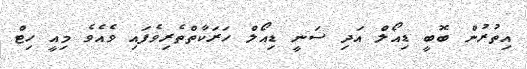
އިތުރުން ބޮބީ ޑިއޯލް އަދި ސަނީ ޑިއޯލް ހަރަކާތްތެރިވެފައި ވެއެވެ މިއީ ހިޓް